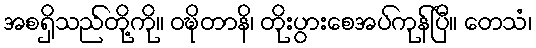
အစရှိသည်တို့ကို။ ဝဍ္ဎိတာနိ၊ တိုးပွားစေအပ်ကုန်ပြီ။ တေသံ၊